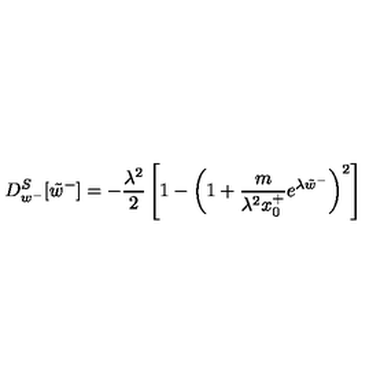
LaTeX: D _ { w ^ { - } } ^ { S } [ \tilde { w } ^ { - } ] = - \frac { \lambda ^ { 2 } } { 2 } \left[ 1 - \left( 1 + \frac { m } { \lambda ^ { 2 } x _ { 0 } ^ { + } } e ^ { \lambda \tilde { w } ^ { - } } \right) ^ { 2 } \right]